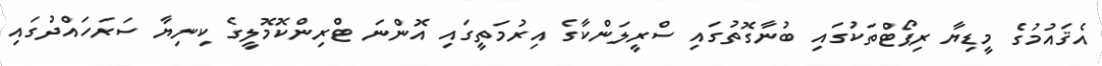
އެޤައުމުގެ މީޑިޔާ ރިޕޯޓްތަކުގައި ބުނާގޮތުގައި ސްރީލަންކާގެ އިރުމަތީގައި އޮންނަ ޓްރިންކޮމޮލީގެ ކިނިޔާ ސަރަހައްދުގައި